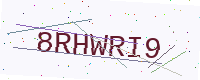
Text: 8RHWRI9